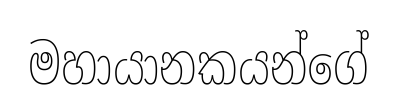
මහායානකයන්ගේ